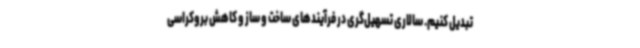
تبدیل کنیم. سالاری تسهیل‌گری در فرآیندهای ساخت و ساز و کاهش بروکراسی